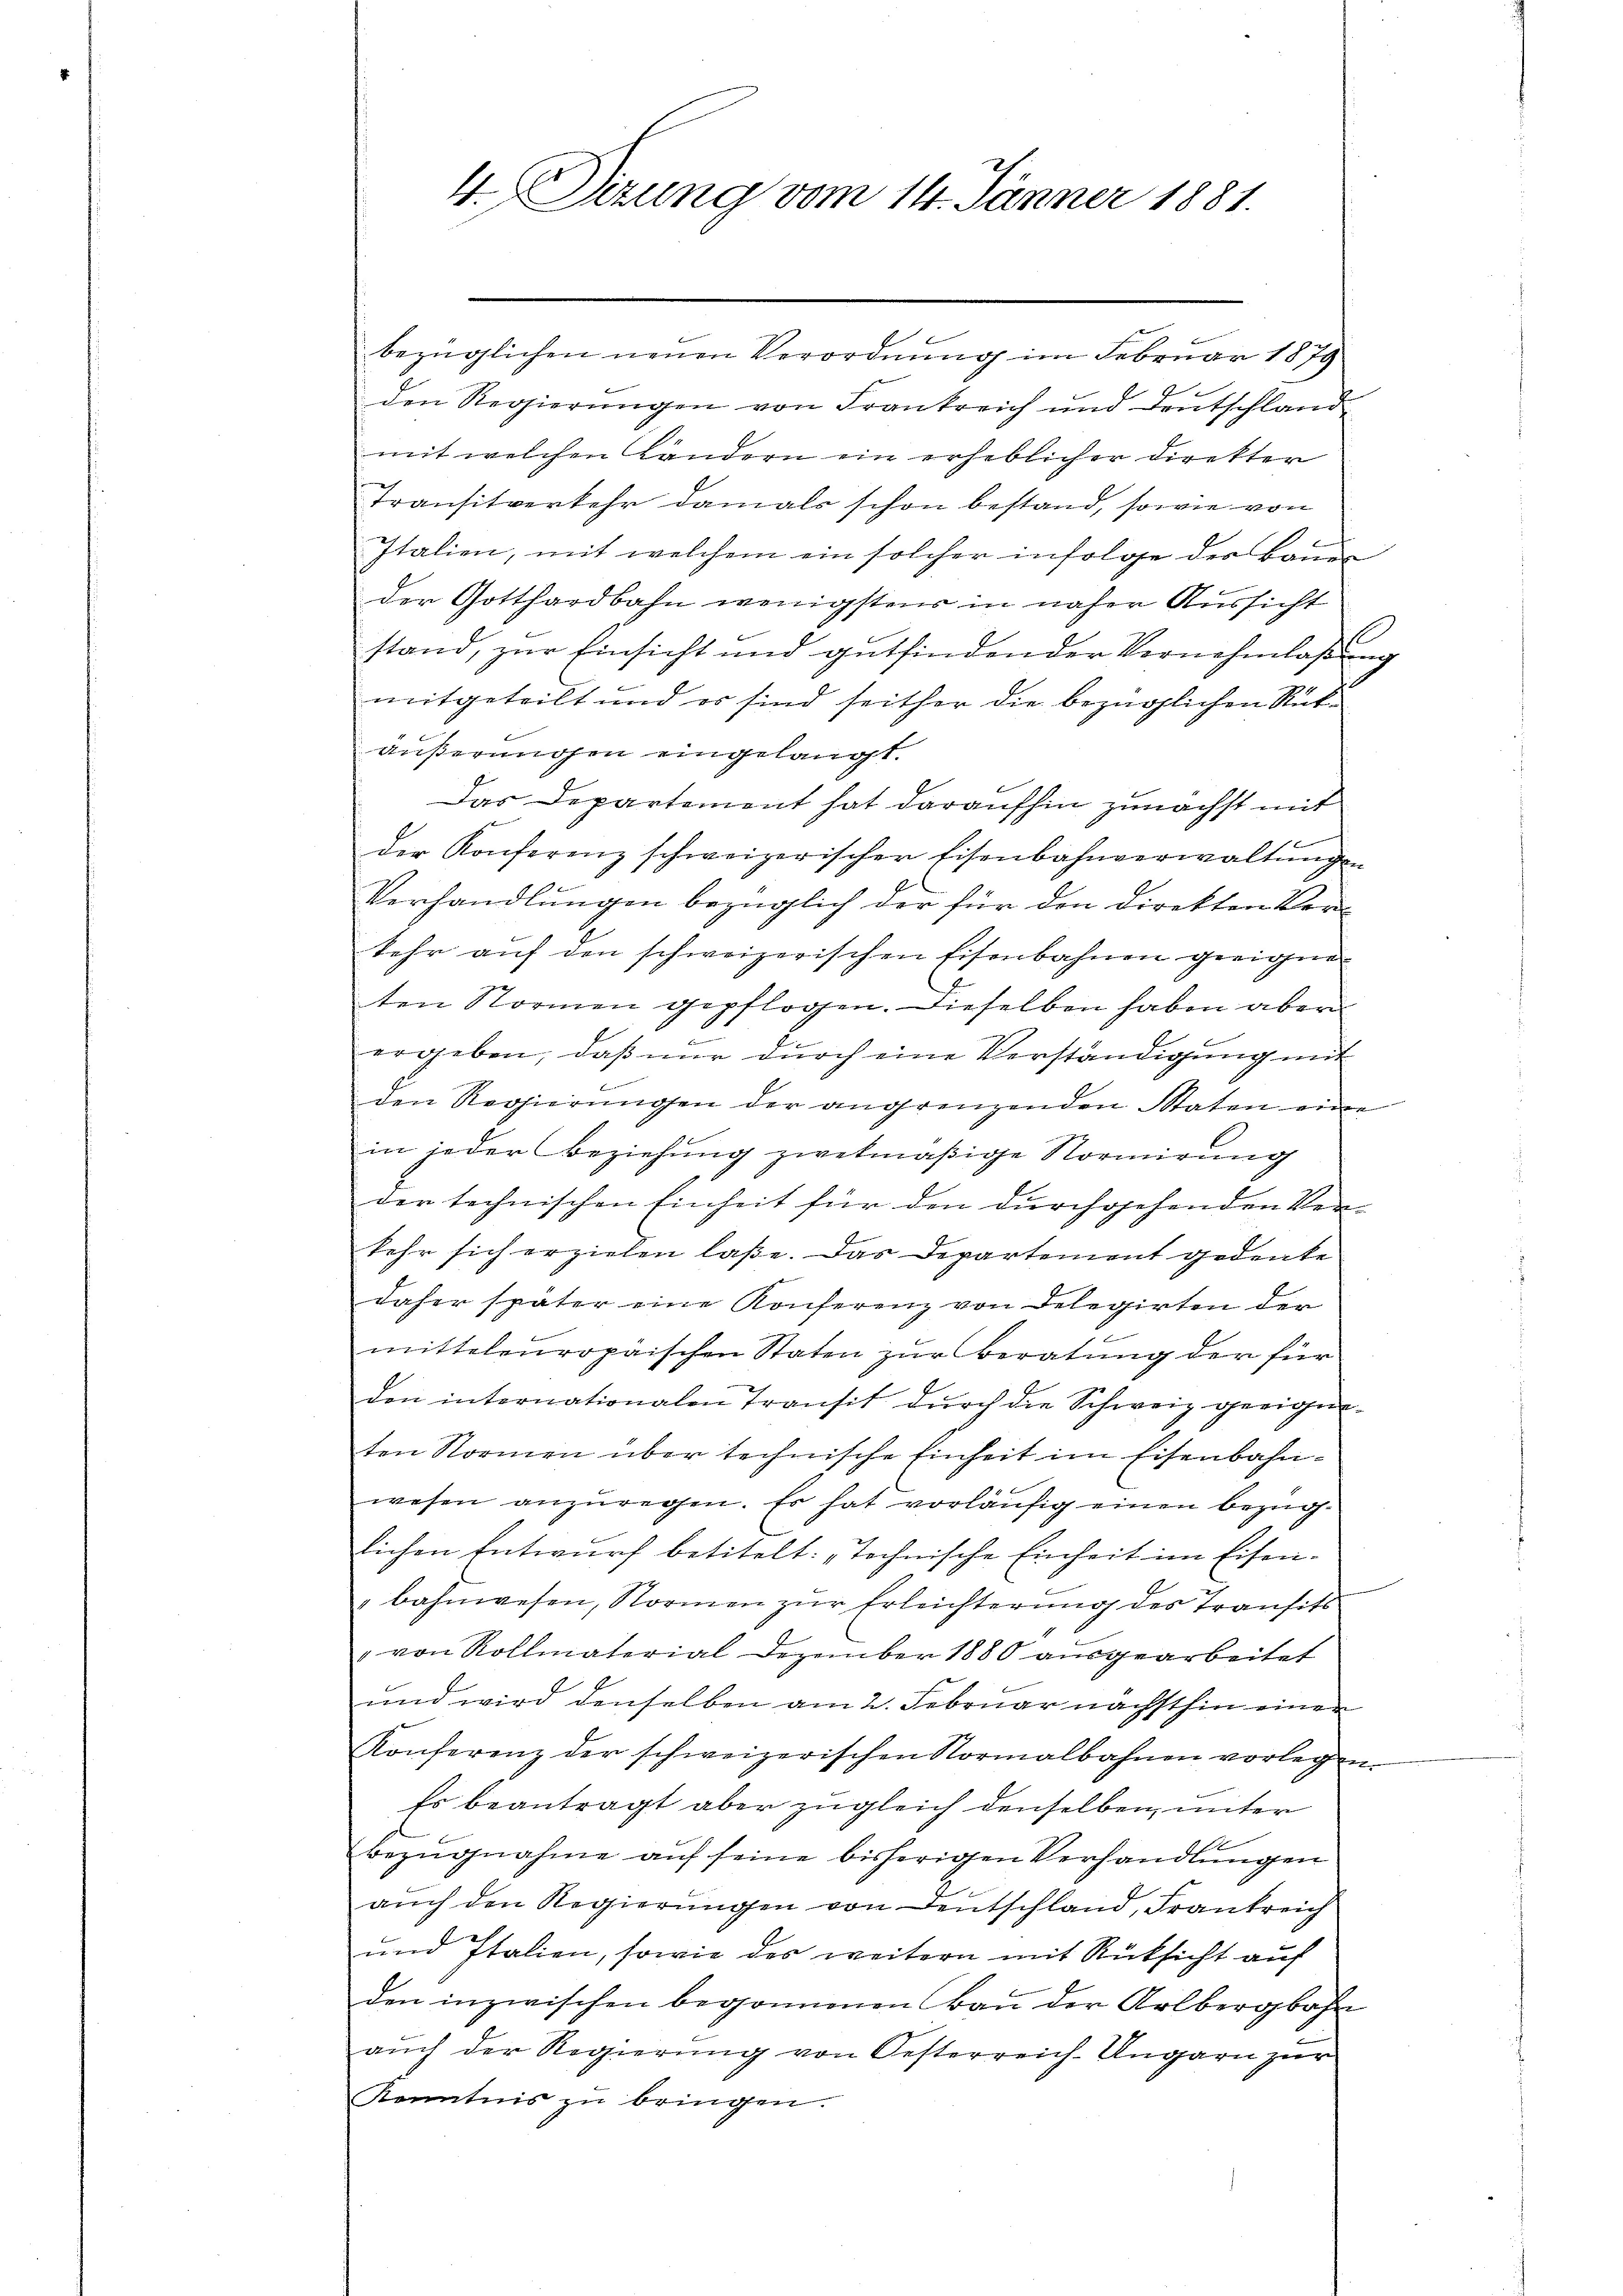
4.Dizung vom 14. Jänner 1881.

bezüglichen neuen Verordnung im Februar 1879
den Regierungen von Frankreich und Deutschland
mit welchen Ländern ein erheblicher Direkter
Transitverkehr damals schon bestand, sowie von
Italien, mit welchem ein solcher infolge der Bauer
der Gotthardbahn wenigstens in näher Aussicht
stand, zur Einsicht und gutfindender Vernehmlassung
mitgeteilt und es sind seither die bezüglichen Rükäußerungen eingelangt.
Das Departement hat daraufhin zunächst mit
der Konferenz schweizerischer Eisenbahnverwaltŭngen
Verhandlungen bezüglich der für den direkten Verkehr auf den schweizerischen Eisenbahnen geeigne¬
E
ten Normen gepflogen. Dieselben haben aber
ergeben, daß nur durch eine Verständigung mit
den Regierungen der angrenzenden Staten eine
in jeder Beziehung zwekmäßige Normirung
der technischen Einheit für den durchgehenden Verkehr sich erzielen laße. Das Departement gedenke
daher später eine Konferenz von Delegirten der
mittelenropäischen Staten zur Beratung der für
den internationalen Transit dŭrch die Schweiz geeigne-
ten Normen über technische Einheit im Eisenbahnwesen anzŭregen. Es hat vorläŭfig einen bezüg-
lichen Entwurf betitelt: „Tochnische Einheit im Eisen¬
"bahnwesen, Normen zur Erleichterung des Transits
" von Rollmaterial Dezember 1880 aŭsgearbeitet
und wird denselben am 2. Februar nächsthin einen
Konferenz der schweizerischen Normalbahnen vorlegen.
Es beantragt aber zugleich denselben unter
7
bezŭgnahme aŭf seine bisherigen Verhandlungen
auch den Regierungen von Deutschland, Frankreich
und Italien, sowie des weitern mit Rücksicht auf
den inzwischen begonnenen Bau der Arlbergbahn
aŭch der Regierŭng von Oesterreich-Ungarn zur
Kenntnis zu bringen.